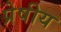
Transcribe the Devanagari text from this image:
प्रेषीय